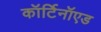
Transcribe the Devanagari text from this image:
कॉर्टिनॉएड